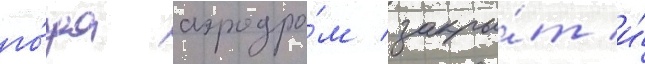
го́да аэродро́м закры́т и́